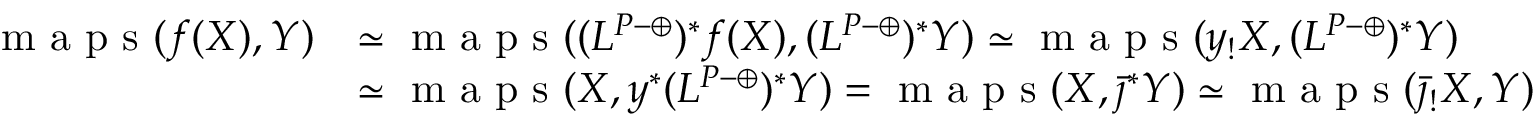
\begin{array} { r l } { \textup { m a p s } ( f ( X ) , Y ) } & { \simeq \textup { m a p s } ( ( L ^ { P \mathrm { - } \oplus } ) ^ { * } f ( X ) , ( L ^ { P \mathrm { - } \oplus } ) ^ { * } Y ) \simeq \textup { m a p s } ( y _ { ! } X , ( L ^ { P \mathrm { - } \oplus } ) ^ { * } Y ) } \\ & { \simeq \textup { m a p s } ( X , y ^ { * } ( L ^ { P \mathrm { - } \oplus } ) ^ { * } Y ) = \textup { m a p s } ( X , \bar { \jmath } ^ { * } Y ) \simeq \textup { m a p s } ( \bar { \jmath } _ { ! } X , Y ) } \end{array}